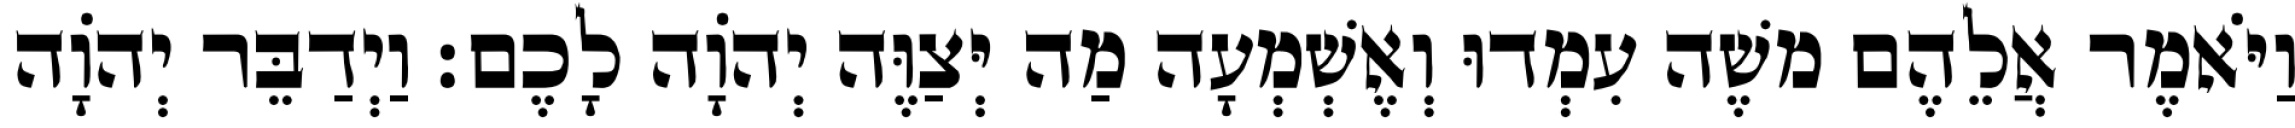
וַיֹּאמֶר אֲלֵהֶם משֶׁה עִמְדוּ וְאֶשְׁמְעָה מַה יְּצַוֶּה יְהוָֹה לָכֶם׃ וַיְדַבֵּר יְהוָֹה